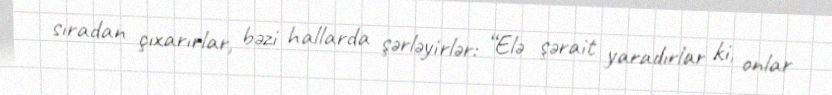
sıradan çıxarırlar, bəzi hallarda şərləyirlər: “Elə şərait yaradırlar ki, onlar